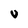
Character: U